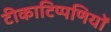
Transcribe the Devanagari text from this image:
टीकाटिप्पणियों